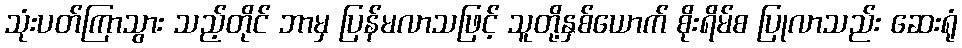
သုံးပတ်ကြာသွား သည့်တိုင် ဘာမှ ပြန်မလာသဖြင့် သူတို့နှစ်ယောက် စိုးရိမ်စ ပြုလာသည်း ဆေးရုံ